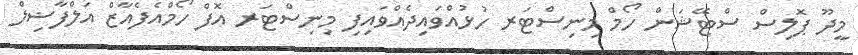
މީދޫ ޕޮލިސް ސްޓޭޝަން ހޯމް މިނިސްޓަރ ހުޅުއްވައިދެއްވައިފި މިނިސްޓަރ އޮފް ހޯމްއެފެއާޒް އަލްފާޟިލް